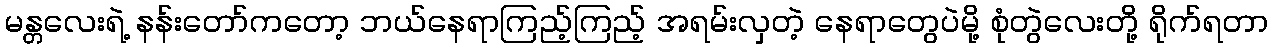
မန္တလေးရဲ့ နန်းတော်ကတော့ ဘယ်နေရာကြည့်ကြည့် အရမ်းလှတဲ့ နေရာတွေပဲမို့ စုံတွဲလေးတို့ ရိုက်ရတာ